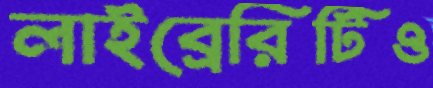
লাইব্রেরিটিও